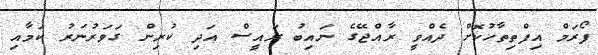
ފޯރަމް އިފްތިތާހުކޮށް ދެއްވީ ރާއްޖޭގެ ނައިބު ރައީސް އަދި ކުރިން ގަވަރުނަރު ކަމާއި